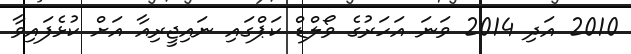
2010 އަދި 2014 ވަނަ އަހަރުގެ ވޯލްޑް ކަޕްގައި ނައިޖީރިއާ އަށް ކުޅެފައިވާ